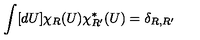
\int [ d U ] \chi _ { R } ( U ) \chi _ { R ^ { \prime } } ^ { * } ( U ) = \delta _ { R , R ^ { \prime } }